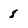
Character: 8